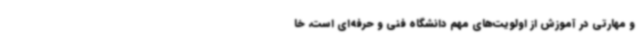
و مهارتی در آموزش از اولویت‌های مهم دانشگاه فنی و حرفه‌ای است، خا